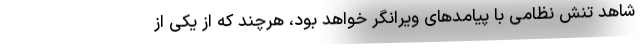
شاهد تنش نظامی با پیامدهای ویرانگر خواهد بود، هرچند که از یکی از